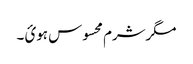
مگرشرم محسوس ہوئ ۔